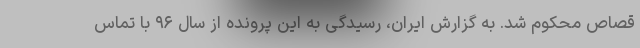
قصاص محکوم شد. به گزارش ایران، رسیدگی به این پرونده از سال ۹۶ با تماس